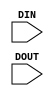
`timescale 1ns / 1ps
//////////////////////////////////////////////////////////////////////////////////
// Company: 
// Engineer: 
// 
// Design Name: 
// Module Name: my_task
// Project Name: 
// Target Devices: 
// Tool Versions: 
// Description: 
// 
// Dependencies: 
// 
// Revision:
// Revision 0.01 - File Created
// Additional Comments:
// 
//////////////////////////////////////////////////////////////////////////////////


module my_task(
    input [3:0] DIN,
    input [3:0] DOUT
    );
    
task comp_2(input[3:0] in_bus, output reg[3:0] comp2_bus);
reg [3:0] bus_i;
begin
    bus_i=~in_bus;
    comp2_bus=bus_i+1;
end
endtask

reg [3:0] com2_data;

assign DOUT=com2_data;
always @(DIN)
    comp_2(DIN, com2_data);    
endmodule